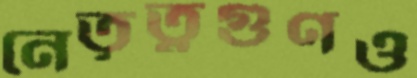
নেতৃত্বগুণও